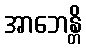
အာဘေန္တိ